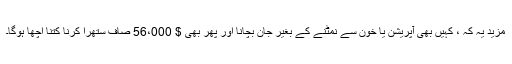
مزید یہ کہ ، کہیں بھی آپریشن یا خون سے نمٹنے کے بغیر جان بچانا اور پھر بھی $ 56،000 صاف ستھرا کرنا کتنا اچھا ہوگا۔